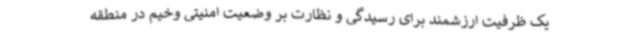
یک ظرفیت ارزشمند برای رسیدگی و نظارت بر وضعیت امنیتی وخیم در منطقه